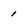
Character: 1